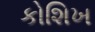
કોશિખ